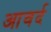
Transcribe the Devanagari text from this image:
आवर्द